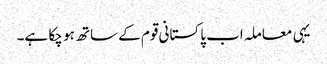
یہی معاملہ اب پاکستانی قوم کے ساتھ ہو چکا ہے۔